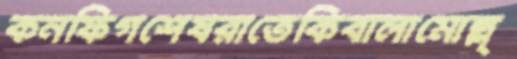
কনফিগশেষরাতেকিবালামোল্ল্